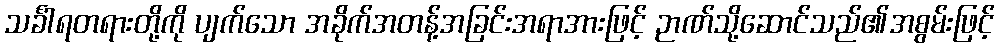
သင်္ခါရတရားတို့ကို ပျက်သော အခိုက်အတန့်အခြင်းအရာအားဖြင့် ဉာဏ်သို့ဆောင်သည်၏အစွမ်းဖြင့်